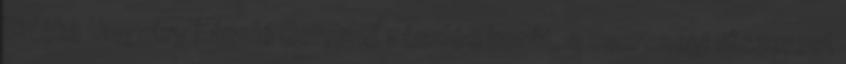
Vidéke Ungváry László Borrend zászlós borát, a cserszegi fűszerest